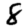
Digit: 8